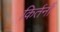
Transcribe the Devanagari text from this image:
किर्तनों